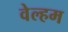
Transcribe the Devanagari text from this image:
वेल्हम